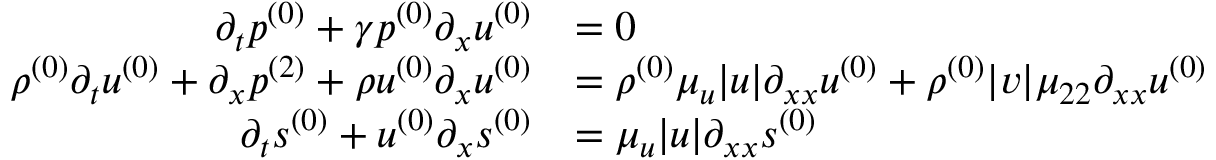
\begin{array} { r l } { \partial _ { t } \ensuremath { p ^ { ( 0 ) } } + \gamma \ensuremath { p ^ { ( 0 ) } } \partial _ { x } \ensuremath { u ^ { ( 0 ) } } } & { = 0 } \\ { \ensuremath { \rho ^ { ( 0 ) } } \partial _ { t } \ensuremath { u ^ { ( 0 ) } } + \partial _ { x } \ensuremath { p ^ { ( 2 ) } } + \ensuremath { \rho u ^ { ( 0 ) } } \partial _ { x } \ensuremath { u ^ { ( 0 ) } } } & { = \ensuremath { \rho ^ { ( 0 ) } } \mu _ { u } | u | \partial _ { x x } \ensuremath { u ^ { ( 0 ) } } + \ensuremath { \rho ^ { ( 0 ) } } | v | \mu _ { 2 2 } \partial _ { x x } \ensuremath { u ^ { ( 0 ) } } } \\ { \partial _ { t } \ensuremath { s ^ { ( 0 ) } } + \ensuremath { u ^ { ( 0 ) } } \partial _ { x } \ensuremath { s ^ { ( 0 ) } } } & { = \mu _ { u } | u | \partial _ { x x } \ensuremath { s ^ { ( 0 ) } } } \end{array}